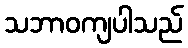
သဘာဝကျပါသည်